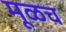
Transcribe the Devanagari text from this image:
मूळच